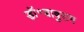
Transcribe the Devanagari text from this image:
डॉ॰बाबुराम